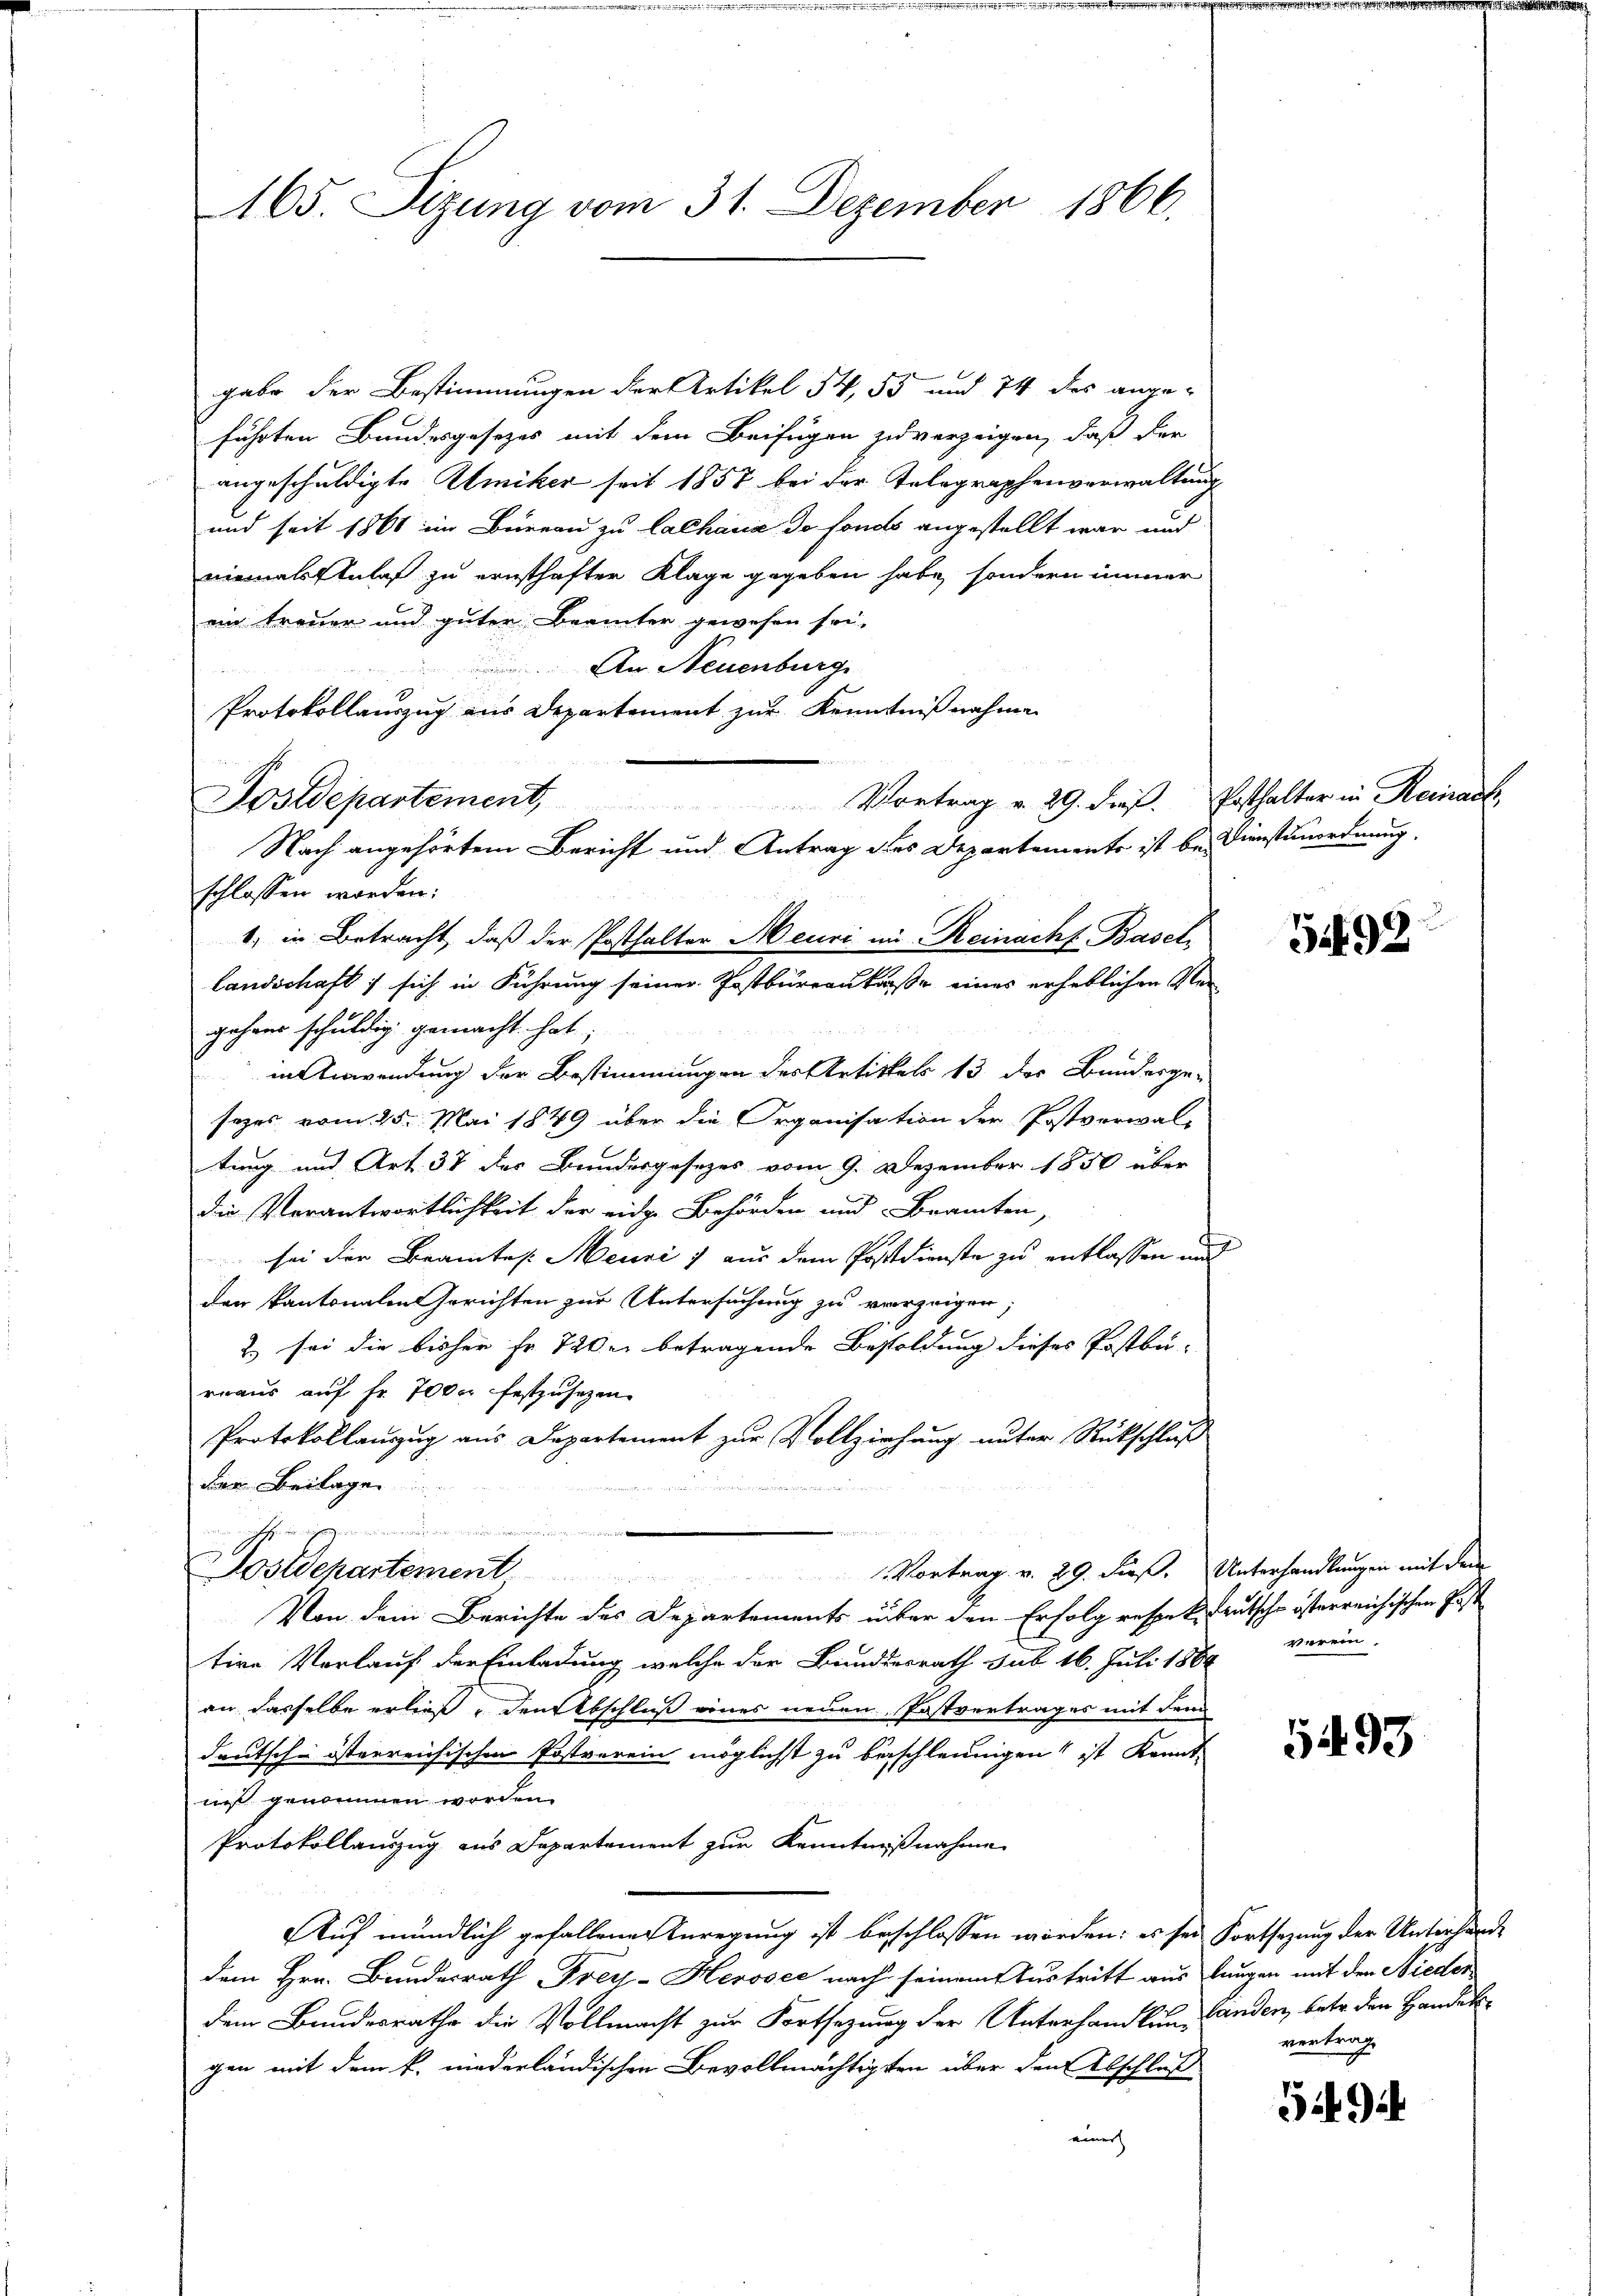
165. Sizung vom 31. Dezember 1866.

gabe der Bestimmungen der Artikel 54, 55 und 74 des ange-
führten Bundesgesezes mit dem Beifügen zu verzeigen, daß der
angeschuldigte Amiker seit 1857 bei der Telegraphenverwaltung
und seit 1860 im Büreau zu Lalhaus de fonds angestellt war und
niemals Anlaß zu ernsthaften Klage gegeben habe, sondern immer
ein treuer und guter Beamter gewesen sei.
An Neuenburge
Protokollauszug aus Departement zur Kenntnißnahme
schlossen worden:
1. in Betracht, daß der Posthalter Meuri im Reinach Basel,
landschaft ; sich in Führung seiner Postbüreaukaße eines erheblichen Vergehend schuldig gemacht hat,
in Anwendung der Bestimmungen des Artikels 13 der Bundesge-
sezes vom 25. Mai 1849 über die Organisation der Postverwaltung und Art. 37 des Bundesgesezes vom 9. Dezember 1850 über
die Verantwortlichkeit der eine Behörden und Beamten,
sei der Beamtes Meunii aus dem Postdienste zu entlassen und
den kantonalen Gerichten zur Untersuchung zu verzeigen;
2) sei die bisher Fr. 720 u. betragende Besoldung dieses Postbu-
rraus auf fr. 7000 festzusetzen.
Protokollanzug aus Departement zur Vollziehung unter Rückschluß
dem Beilage
2
Joh in anfangen einer zwar ein ge
Sostschartement Vortrag v. 29. dieß. Unterhandlungen mit dem
Von dem Berichte des Departements über den Erfolg respek. Teutsche österreichischen Gest
tive Verlauf der Einladung, welche der Bundesrath sub 16. Juli 1864
an dasselbe erließ. Den Abschluß eines neuen Postvertrages mit dem
deutsche österreichischen Postverein möglichst zu beschleunigen ist Kennt-
niß genommen worden.
Protokollauszug aus Departement zur Kenntnißnahme
Auf mündlich gefallene Anregung ist beschlossen worden: es sei Fortsezung der Unterhande
dem Hrn. Bundesrath Frey-Herosee nach seinem Austritt aus langen mit den Nieder
dem Bundesrathe die Vollmacht zur Fortsezung der Unterhandlung anden, betr. den Handelgen mit dem k. niederländischen Bevollmächtigten über den Abschluß
einer

Postdepartement, Vortrag v. 29. dieβ. Posthalter in Reinack,
Nach angehörtem Bericht und Antrag des Departements ist bei Dienstunordnung

5492

verein

1493

vertrag,

549.